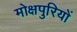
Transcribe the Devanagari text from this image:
मोक्षपुरियों